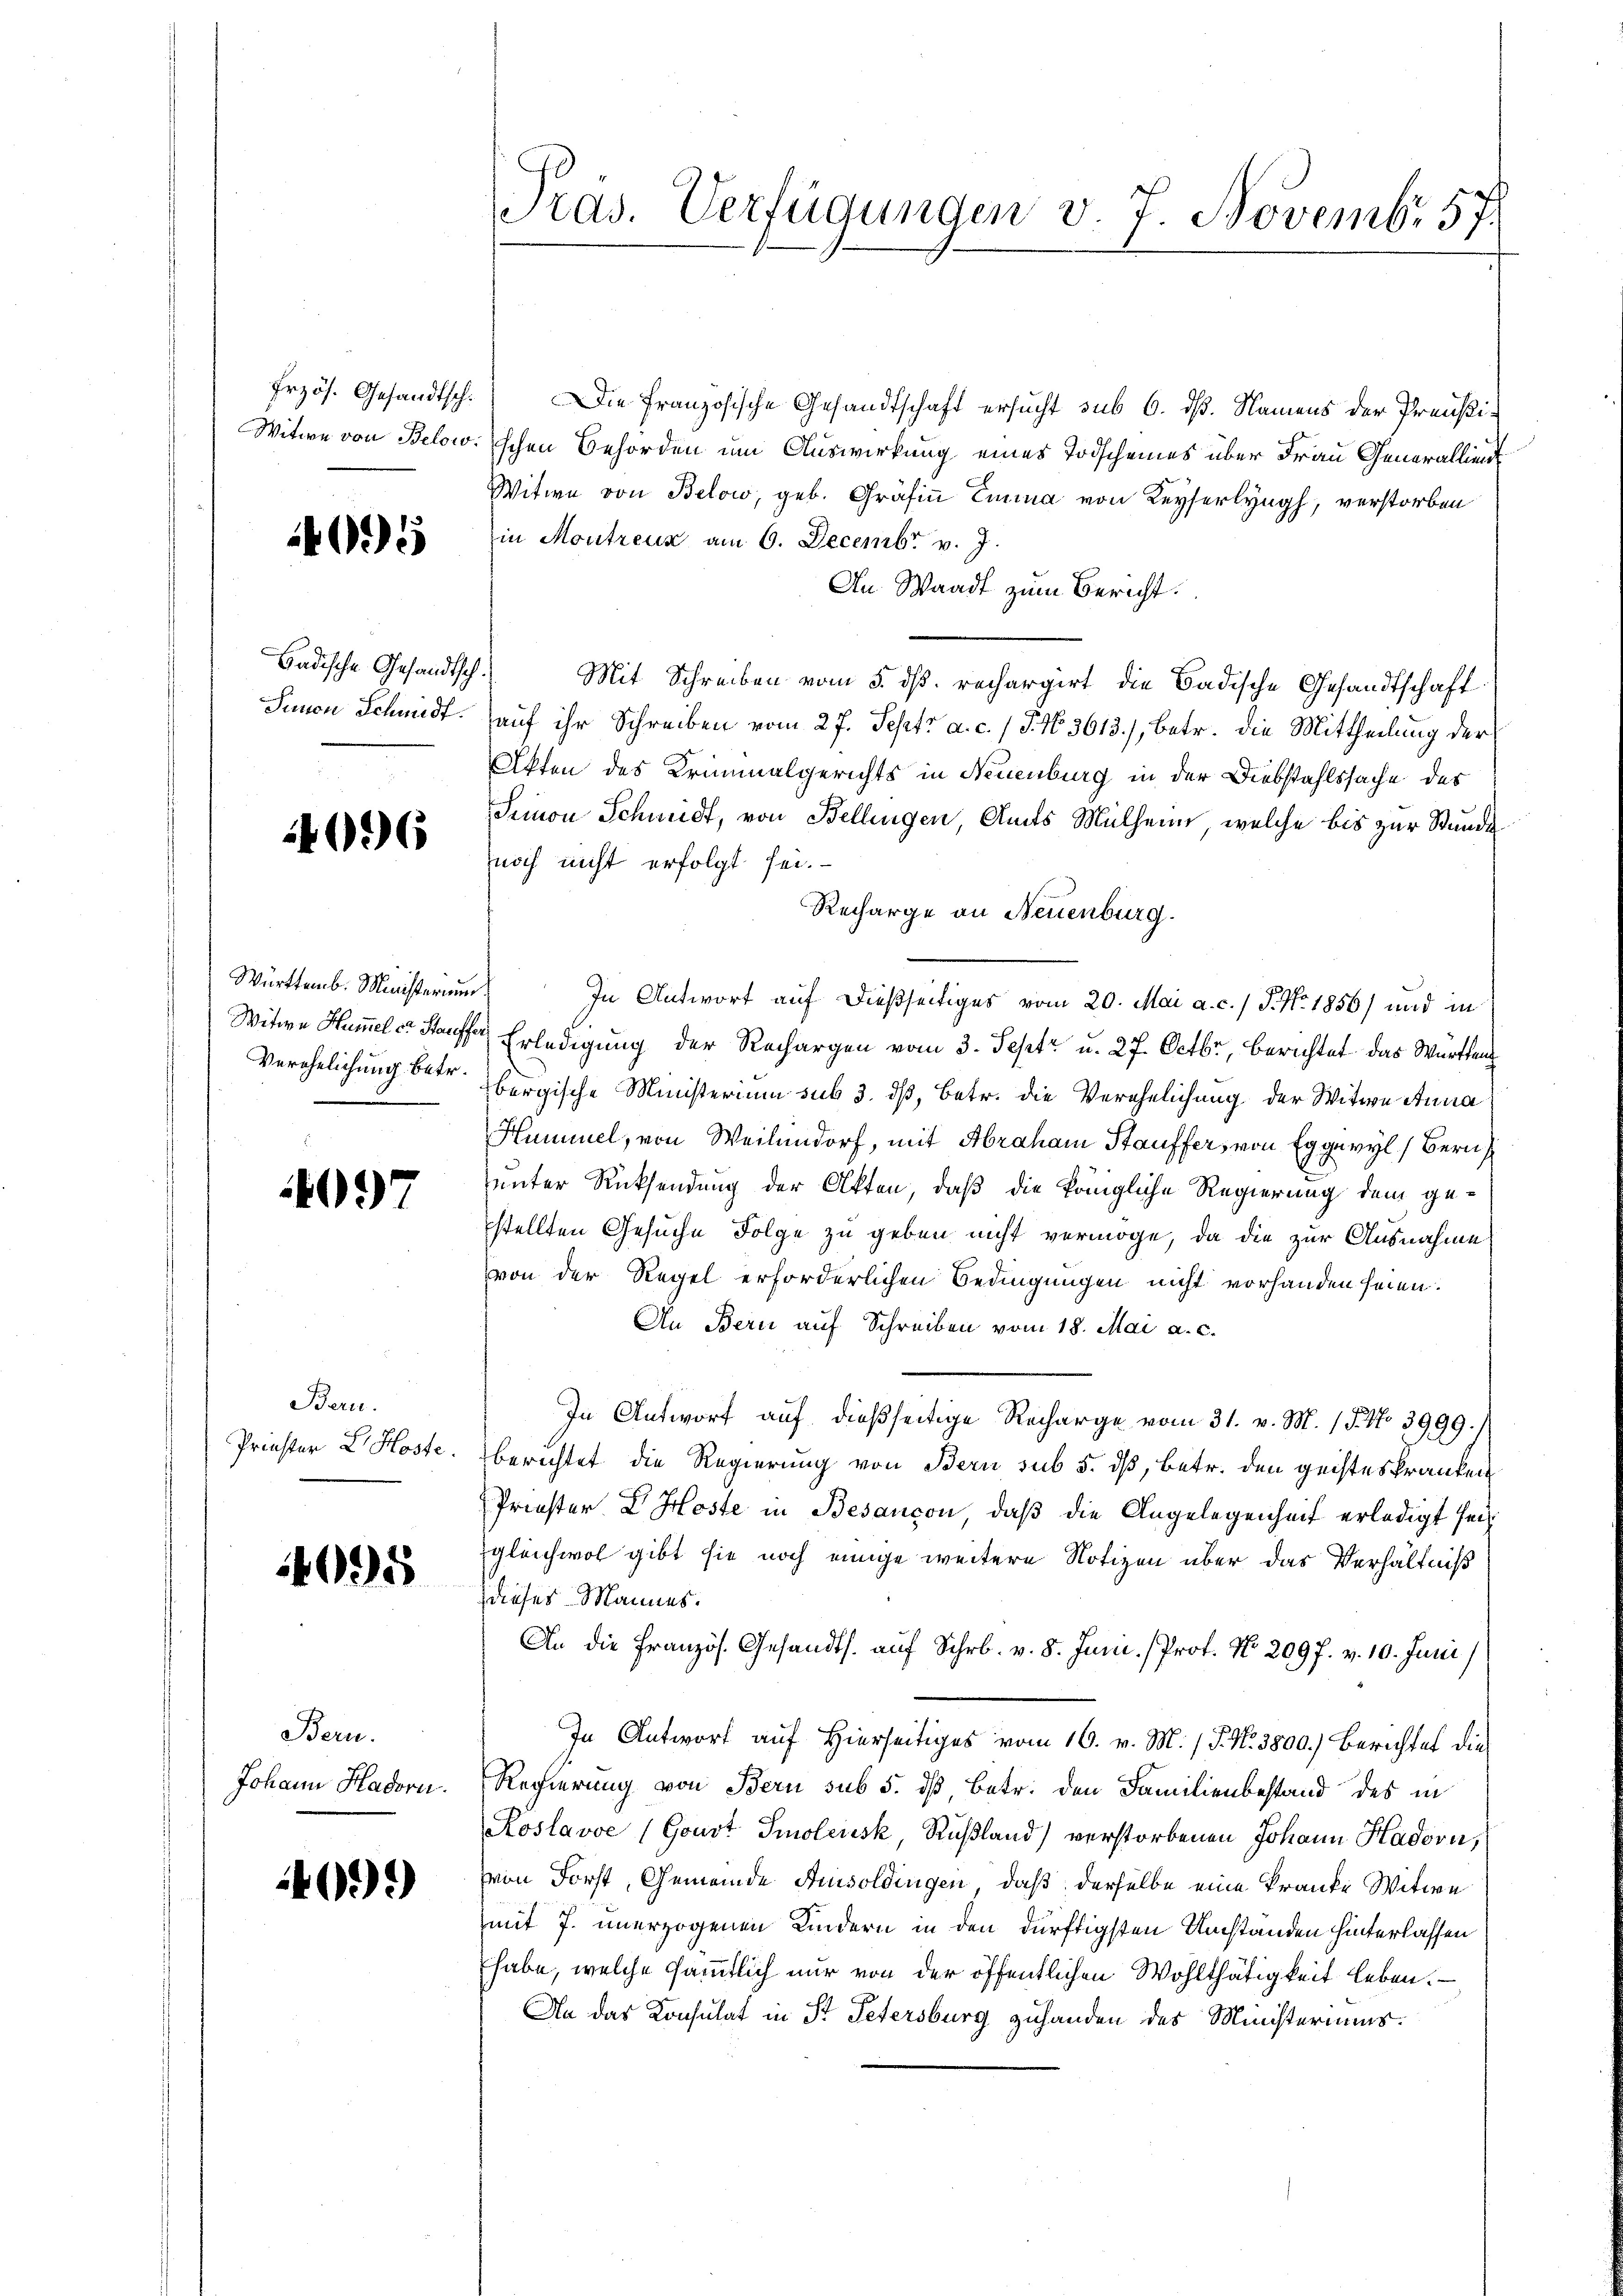
Erzös. Gesandtsch.
Witwe von Below

4095

Badische Gesandtsch.
Sunion Schmidt.

4096

Württemb. Ministerium
Witwe Hummel er Stauff
Verehelichung betr.

097

Bern.
Prister L. Koste.

4695

Bern.
Johann Hadorn.

409)

Pras. Verfügungen v. 7. Novembr 57.

Die Französische Gesandtschaft ersucht sub 6. dß. Namens der Preußischen Behörden um Auswirkung eines Todscheines über Frau Generallient
Witwe von Below, geb. Gräfin Emma von Keyserlyngh, verstorben
in Montreuz am 6. Decembr v. J.
An Waadt zum Bericht.
Mit Schreiben vom 5. dß. rechargirt die Badische Gesandtschaft
auf ihr Schreiben vom 27. Sept. a. c. / 5. No. 3613), betr. die Mittheilung der
Akten des Kriminalgerichts in Neuenburg in der Diebstahlssache des
Simon Schmidt, von Bellingen, Amts Mülheim, welche bis zur Stunde
noch nicht erfolgt sei.
Recharge an Neuenburg.
In Antwort auf dießseitiges vom 20. Mai a. c. / P. Nr. 1856) und in
 Erledigung der Rechargen vom 3. Sept. u. 27. Octbr, berichtet das Württem
bergische Ministerium sub 3. dß, Betr. die Verehelichung der Witwe Anna
Hummel, von Weilendorf, mit Abraham Stauffer, von Eggeryl) Bern
unter Rücksendung der Akten, daß die königliche Regierung dem gestellten Gesuche Folge zu geben nicht vermöge, da die zur Ausnahme
von der Regel erforderlichen Bedingungen nicht vorhanden seien.
An Bern auf Schreiben vom 18. Mai a. c.
In Antworf auf dießseitige Recharge vom 31. v. M. (T. No 3999.
berichtet die Regierung von Bern sub 5. dß, betr. den geisteskranken
Priester L. Moste in Besançon, daß die Angelegenheit erledigt sei
gleichwol gibt sie noch einige weitere Notizen über das Verhältniß
dieses Mannes.
An die Französ. Gesandts. auf Schr. v. 8. Juni. Prof. No. 2097. v. 10. Juni
In Antwort auf Hierseitiges vom 16. v. M. (T. N. 3800.) Berichtes die
Regierung von Bern sub 5. ds Betr. den Familienbestand des in
Koslavoe (Goust Smolensk, Rußland) verstorbenen Johann Hadorn,
pin Forst, Gemeinde Amisoldingen, daß derselbe eine Kranke Witwe
mit 7. unerzogenen Kindern in den dürftigsten Umständen hinterlassen
habe, welche sämmtlich nur von der öffentlichen Wohlthätigkeit leben.
An das Konsulat in St. Petersburg zuhanden des Ministeriums.